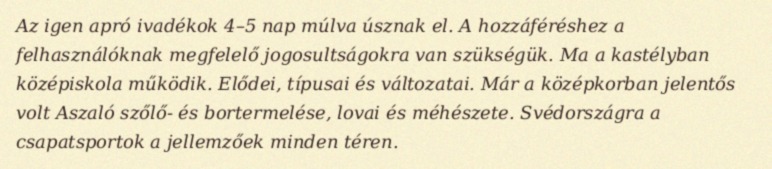
Az igen apró ivadékok 4–5 nap múlva úsznak el. A hozzáféréshez a felhasználóknak megfelelő jogosultságokra van szükségük. Ma a kastélyban középiskola működik. Elődei, típusai és változatai. Már a középkorban jelentős volt Aszaló szőlő- és bortermelése, lovai és méhészete. Svédországra a csapatsportok a jellemzőek minden téren.